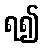
ရ၍